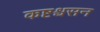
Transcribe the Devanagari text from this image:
कष्टश्वसन